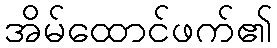
အိမ်ထောင်ဖက်၏